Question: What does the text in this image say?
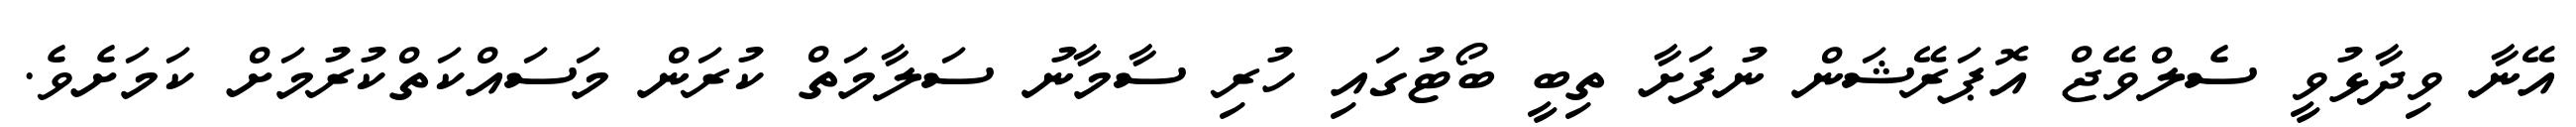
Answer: އޭނާ ވިދާޅުވީ ސެލްވޭޖް އޮޕަރޭޝަން ނުފަށާ ތިބީ ބޯޓުގައި ހުރި ސާމާނު ސަލާމަތް ކުރަން މަސައްކަތްކުރުމަށް ކަމަށެވެ.